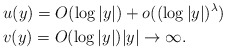
\begin{align*} &u(y)=O(\log |y|)+o((\log |y|)^\lambda ) \\ &v(y)=O(\log |y|) |y|\to\infty.\end{align*}